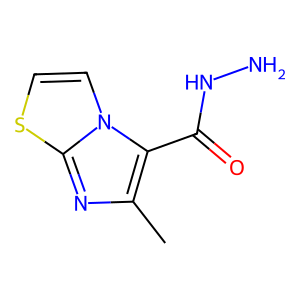
SMILES: Cc1nc2sccn2c1C(=O)NN
Inhibits HIV replication: No